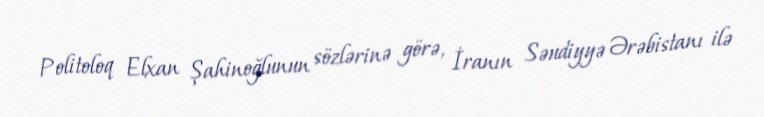
Politoloq Elxan Şahinoğlunun sözlərinə görə, İranın Səudiyyə Ərəbistanı ilə